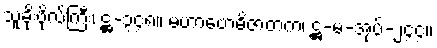
သူခိုးဗိုလ်ကြီး၊ ဋ္ဌ-၃၄၈။ မဟာဗောဓိဇာတက၊ ဋ္ဌ-မ-အုပ်-၂၄၄။